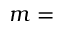
m =